Lunatic asylums Central Provinces reports 1910-1926 - 1910-1926
Year: 1910
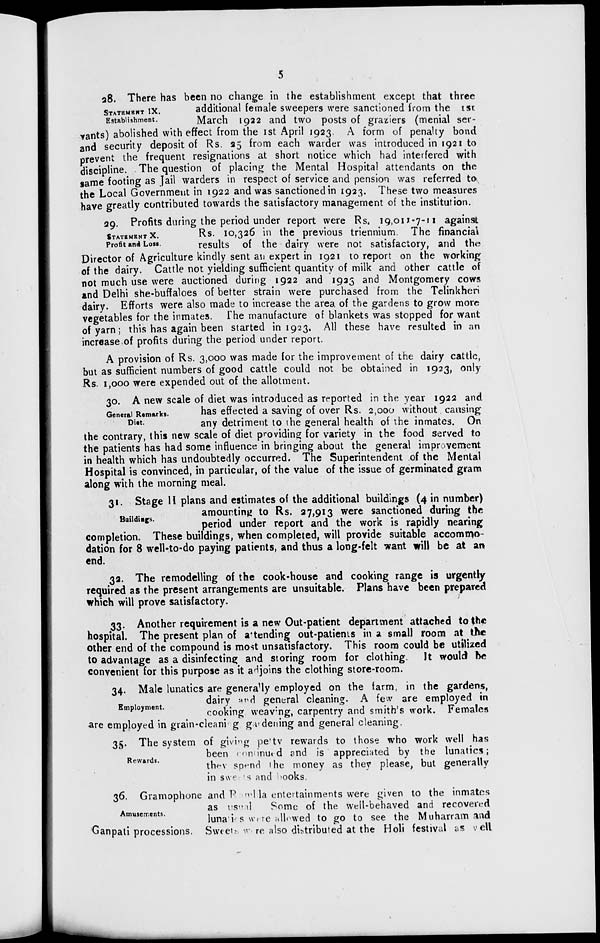
5
STATEMENT IX.
Establishment.
28. There has been no change in the establishment except that three
additional female sweepers were sanctioned from the 1st.
March 1922 and two posts of graziers (menial ser-
vants) abolished with effect from the 1st April 1923. A form of penalty bond
and security deposit of Rs. 25 from each warder was introduced in 1921 to
prevent the frequent resignations at short notice which had interfered with
discipline. The question of placing the Mental Hospital attendants on the
same footing as Jail warders in respect of service and pension was referred to
the Local Government in 1922 and was sanctioned in 1923. These two measures
have greatly contributed towards the satisfactory management of the institution.
STATEMENT X.
Profit and Loss.
29. Profits during the period under report were Rs. 19,011-7-11 against
Rs. 10,326 in the previous triennium. The financial
results of the dairy were not satisfactory, and the
Director of Agriculture kindly sent an expert in 1921 to report on the working
of the dairy. Cattle not yielding sufficient quantity of milk and other cattle of
not much use were auctioned during 1922 and 1923 and Montgomery cows
and Delhi she-buffaloes of better strain were purchased from the Telinkheri
dairy. Efforts were also made to increase the area of the gardens to grow more
vegetables for the inmates. The manufacture of blankets was stopped for want
of yarn; this has again been started in 1923. All these have resulted in an
increase of profits during the period under report.
A provision of Rs. 3,000 was made for the improvement of the dairy cattle,
but as sufficient numbers of good cattle could not be obtained in 1923, only
Rs. 1,000 were expended out of the allotment.
General Remarks.
Diet.
30. A new scale of diet was introduced as reported in the year 1922 and
has effected a saving of over Rs. 2,000 without causing
any detriment to the general health of the inmates. On
the contrary, this new scale of diet providing; for variety in the food served to
the patients has had some influence in bringing about the general improvement
in health which has undoubtedly occurred. The Superintendent of the Mental
Hospital is convinced, in particular, of the value of the issue of germinated gram
along with the morning meal.
Buildings.
31. Stage II plans and estimates of the additional buildings (4 in number)
amounting to Rs. 27,913 were sanctioned during the
period under report and the work is rapidly nearing
completion. These buildings, when completed, will provide suitable accommo-
dation for 8 well-to-do paying patients, and thus a long-felt want will be at an
end.
32. The remodelling of the cook-house and cooking range is urgently
required as the present arrangements are unsuitable. Plans have been prepared
which will prove satisfactory.
33. Another requirement is a new Out-patient department attached to the
hospital. The present plan of attending out-patients in a small room at the
other end of the compound is most unsatisfactory. This room could be utilized
to advantage as a disinfecting and storing room for clothing. It would be
convenient for this purpose as it adjoins the clothing store-room.
Employment.
34. Male lunatics are generally employed on the farm, in the gardens,
dairy and general cleaning. A few are employed in
cooking weaving, carpentry and smith's work. Females
are employed in grain-cleaning gardening and general cleaning.
Rewards.
35. The system of giving petty rewards to those who work well has
been continued and is appreciated by the lunatics;
they spend the money as they please, but generally
in sweets and books.
Amusements.
36. Gramophone and Ramlila entertainments were given to the inmates
as usual Some of the well-behaved and recovered
lunatics were allowed to go to see the Muharram and
Ganpati processions. Sweets were also distributed at the Holi festival as well